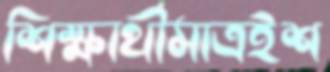
শিক্ষার্থীমাত্রইশ